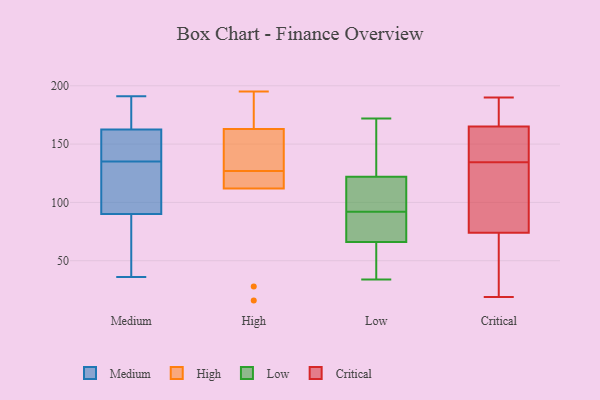
{"axis": {"x": "Satisfaction Score", "y": "Value"}, "legend": ["Critical", "High", "Low", "Medium"], "data": [{"x": "", "y": 99, "type": "Medium"}, {"x": "", "y": 163, "type": "Medium"}, {"x": "", "y": 70, "type": "Medium"}, {"x": "", "y": 134, "type": "Medium"}, {"x": "", "y": 162, "type": "Medium"}, {"x": "", "y": 56, "type": "Medium"}, {"x": "", "y": 81, "type": "Medium"}, {"x": "", "y": 158, "type": "Medium"}, {"x": "", "y": 175, "type": "Medium"}, {"x": "", "y": 160, "type": "Medium"}, {"x": "", "y": 183, "type": "Medium"}, {"x": "", "y": 136, "type": "Medium"}, {"x": "", "y": 36, "type": "Medium"}, {"x": "", "y": 148, "type": "Medium"}, {"x": "", "y": 189, "type": "Medium"}, {"x": "", "y": 40, "type": "Medium"}, {"x": "", "y": 100, "type": "Medium"}, {"x": "", "y": 110, "type": "Medium"}, {"x": "", "y": 191, "type": "Medium"}, {"x": "", "y": 103, "type": "Medium"}, {"x": "", "y": 112, "type": "High"}, {"x": "", "y": 134, "type": "High"}, {"x": "", "y": 146, "type": "High"}, {"x": "", "y": 16, "type": "High"}, {"x": "", "y": 117, "type": "High"}, {"x": "", "y": 163, "type": "High"}, {"x": "", "y": 120, "type": "High"}, {"x": "", "y": 28, "type": "High"}, {"x": "", "y": 170, "type": "High"}, {"x": "", "y": 195, "type": "High"}, {"x": "", "y": 78, "type": "Low"}, {"x": "", "y": 92, "type": "Low"}, {"x": "", "y": 34, "type": "Low"}, {"x": "", "y": 100, "type": "Low"}, {"x": "", "y": 61, "type": "Low"}, {"x": "", "y": 172, "type": "Low"}, {"x": "", "y": 168, "type": "Low"}, {"x": "", "y": 62, "type": "Low"}, {"x": "", "y": 78, "type": "Low"}, {"x": "", "y": 122, "type": "Low"}, {"x": "", "y": 122, "type": "Low"}, {"x": "", "y": 177, "type": "Critical"}, {"x": "", "y": 176, "type": "Critical"}, {"x": "", "y": 19, "type": "Critical"}, {"x": "", "y": 123, "type": "Critical"}, {"x": "", "y": 76, "type": "Critical"}, {"x": "", "y": 162, "type": "Critical"}, {"x": "", "y": 168, "type": "Critical"}, {"x": "", "y": 74, "type": "Critical"}, {"x": "", "y": 146, "type": "Critical"}, {"x": "", "y": 165, "type": "Critical"}, {"x": "", "y": 41, "type": "Critical"}, {"x": "", "y": 148, "type": "Critical"}, {"x": "", "y": 161, "type": "Critical"}, {"x": "", "y": 74, "type": "Critical"}, {"x": "", "y": 165, "type": "Critical"}, {"x": "", "y": 96, "type": "Critical"}, {"x": "", "y": 64, "type": "Critical"}, {"x": "", "y": 75, "type": "Critical"}, {"x": "", "y": 190, "type": "Critical"}, {"x": "", "y": 21, "type": "Critical"}]}